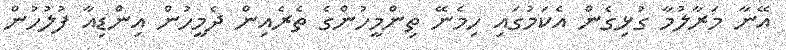
އޭނާ މަރާލުމާ ގުޅިގެން އެކަމުގައި ހިމެނޭ ތިންމީހުންގެ ތެރެއިން ދެމީހުން އިންޑިއާ ފުލުހުން